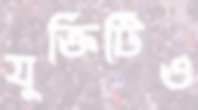
যুক্তিটিও